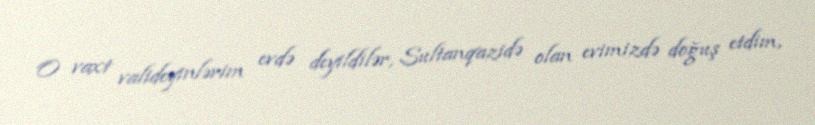
O vaxt valideyinlərim evdə deyildilər, Sultanqazidə olan evimizdə doğuş etdim,